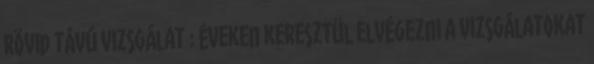
Rövid távú vizsgálat : Éveken keresztül elvégezni a vizsgálatokat